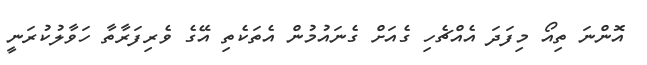
އޮންނަ ތިއޯ މިފަދަ އެއްޗެހި ގެއަށް ގެނައުމުން އެތަކެތި އޭގެ ވެރިފަރާތާ ހަވާލުކުރަނީ